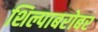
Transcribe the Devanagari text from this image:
शिल्पाबरोबर